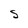
Character: S